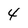
Character: 4